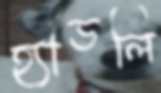
হ্যাডলি